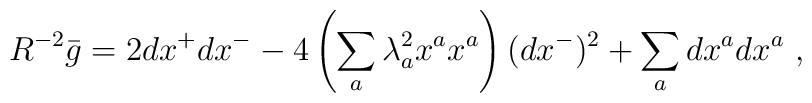
R^{-2} \bar g = 2 dx^+ dx^- - 4\left( \sum_a \lambda_a^2 x^a x^a  \right) (dx^-)^2   + \sum_a dx^a dx^a~,